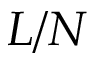
L / N